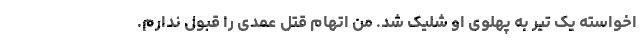
اخواسته یک تیر به پهلوی او شلیک شد. من اتهام قتل عمدی را قبول ندارم.